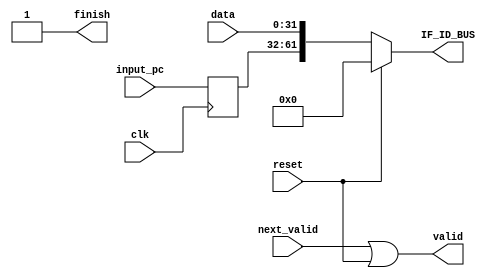
`timescale 1ns / 1ps

module FETCH(
    input reset,
    input clk,
    input [29:0] input_pc,
    input [31:0] data,
    output [61:0] IF_ID_BUS,
    input next_valid,
    output valid,
    output finish
);
    parameter FETCH_NOP = 62'b0;
    reg [29:0] PC;
    always @(posedge clk)
    begin
        PC = input_pc;
    end
    assign finish = 1; // jump ?
    assign valid = (next_valid & finish) | reset;
    assign IF_ID_BUS = reset? FETCH_NOP : {PC,data};
endmodule